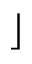
\rfloor